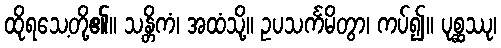
ထိုရသေ့တို့၏။ သန္တိကံ၊ အထံသို့။ ဥပသင်္ကမိတွာ၊ ကပ်၍။ ပုစ္ဆဿု၊